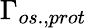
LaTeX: \Gamma_{os.,prot}